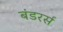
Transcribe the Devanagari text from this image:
बंडरर्स